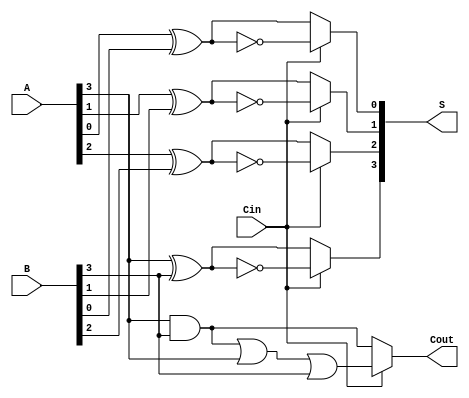
module ConditionalSumAdder #(parameter N = 4) (
    input  [N-1:0] A,      // First n-bit input
    input  [N-1:0] B,      // Second n-bit input
    input         Cin,      // Carry-in
    output [N-1:0] S,      // n-bit sum output
    output        Cout      // Carry-out
);

    wire [N-1:0] S0;       // Sum assuming Cin = 0
    wire [N-1:0] S1;       // Sum assuming Cin = 1
    wire [N-1:0] C0;       // Carry-out assuming Cin = 0
    wire [N-1:0] C1;       // Carry-out assuming Cin = 1

    genvar i;
    generate
        for (i = 0; i < N; i = i + 1) begin : CSA
            // Full adder logic for sum assuming Cin = 0
            assign S0[i] = A[i] ^ B[i] ^ 1'b0;
            assign C0[i] = (A[i] & B[i]) | (A[i] & 1'b0) | (B[i] & 1'b0);

            // Full adder logic for sum assuming Cin = 1
            assign S1[i] = A[i] ^ B[i] ^ 1'b1;
            assign C1[i] = (A[i] & B[i]) | (A[i] & 1'b1) | (B[i] & 1'b1);
        end
    endgenerate

    // Mux for selecting the final sum based on Cin
    generate
        for (i = 0; i < N; i = i + 1) begin : SUM_MUX
            assign S[i] = Cin ? S1[i] : S0[i];
        end
    endgenerate

    // Mux for selecting the final carry-out based on Cin
    assign Cout = Cin ? C1[N-1] : C0[N-1];

endmodule